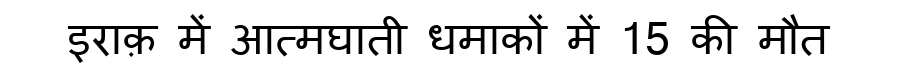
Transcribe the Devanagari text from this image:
इराक़ में आत्मघाती धमाकों में 15 की मौत